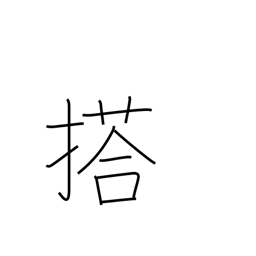
Meaning: load (a vehicle)